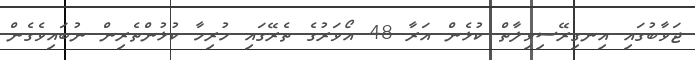
ޖަވާބުގައި އިނގިރޭސިވިލާތް ކުޅެން އަރާ 48 އޯވަރުގެ ތެރޭގައި ހުރިހާ ކުޅުންތެރިން ނުބައިވެގެން